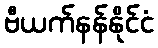
ဗီယက်နန်နိုင်ငံ